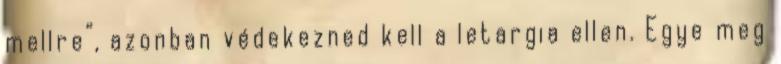
mellre”, azonban védekezned kell a letargia ellen. Egye meg